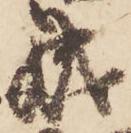
成